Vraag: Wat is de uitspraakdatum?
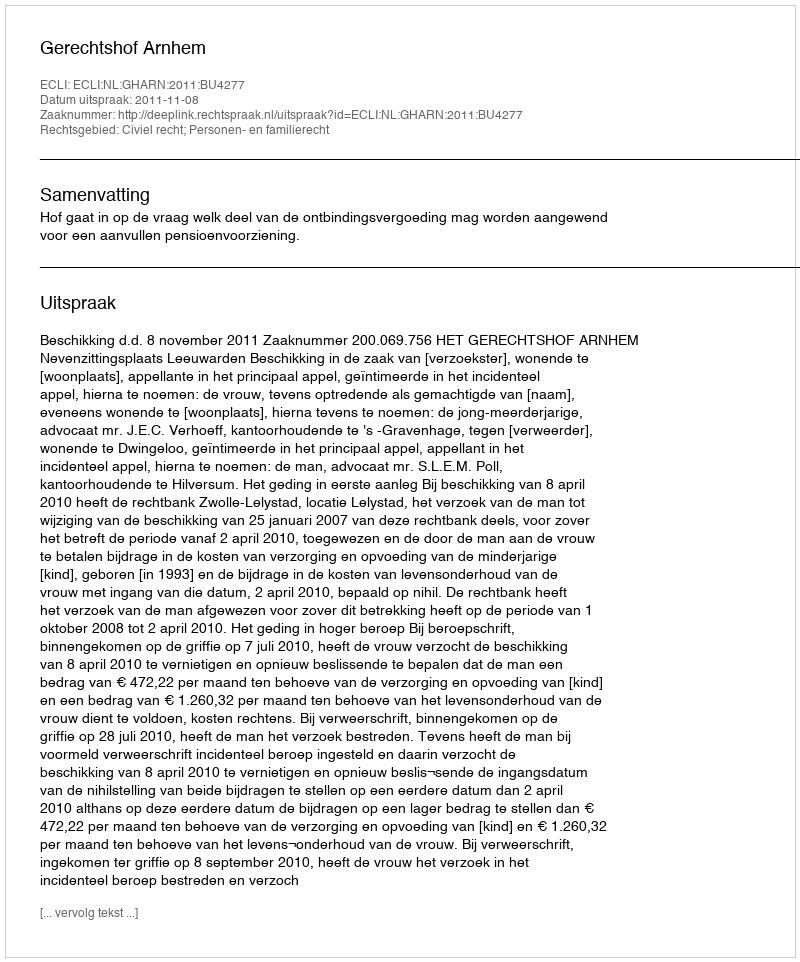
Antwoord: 2011-11-08